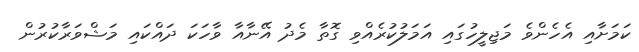
ކަމަށާއި އެހެންވެ މަޖިލީހުގައި އަމަލުކުރެއްވި ގޮތާ މެދު އޭނާއާ ވާހަކަ ދައްކައި މަޝްވަރާކުރުން